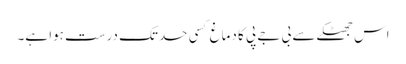
اس جھٹکے سے بی جے پی کا دماغ کسی حدتک درست ہوا ہے۔